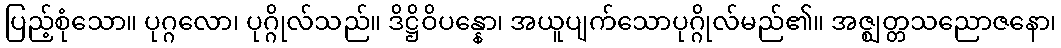
ပြည့်စုံသော။ ပုဂ္ဂလော၊ ပုဂ္ဂိုလ်သည်။ ဒိဋ္ဌိဝိပန္နော၊ အယူပျက်သောပုဂ္ဂိုလ်မည်၏။ အဇ္ဈတ္တသညောဇနော၊